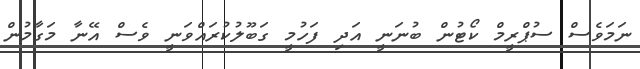
ނަމަވެސް ސުޕްރީމް ކޯޓުން ބުނަނީ އަދި ފަހުމީ ގަބޫލުކުރައްވަނީ ވެސް އޭނާ މަގާމުން